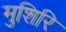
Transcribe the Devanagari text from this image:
मुशिरि